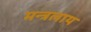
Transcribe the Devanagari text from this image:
मन्त्रलाय